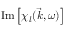
\operatorname { I m } \left[ \chi _ { l } ( \vec { k } , \omega ) \right]